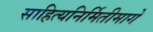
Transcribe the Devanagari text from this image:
साहित्यनिर्मितीमागे